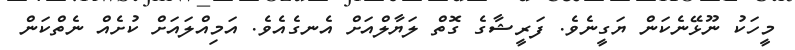
މީހަކު ނޫޅޭނެކަން ޔަގީނެވެ. ފަރީޝާގެ ގޮތް ލަޔާލްއަށް އެނގެއެވެ. އަމިއްލައަށް ކުށެއް ނެތްކަން